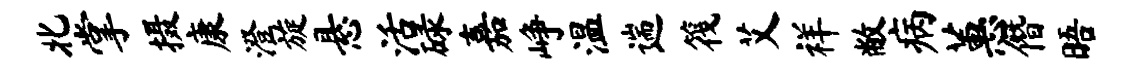
北掌摄康澄旋悬活碌嘉峥温遄筏艾祥敝病蕙僭晤